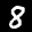
Label: 8